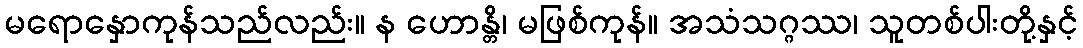
မရောနှောကုန်သည်လည်း။ န ဟောန္တိ၊ မဖြစ်ကုန်။ အသံသဂ္ဂဿ၊ သူတစ်ပါးတို့နှင့်